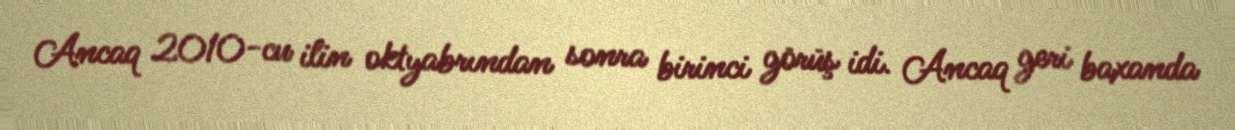
Ancaq 2010-cu ilin oktyabrından sonra birinci görüş idi. Ancaq geri baxanda